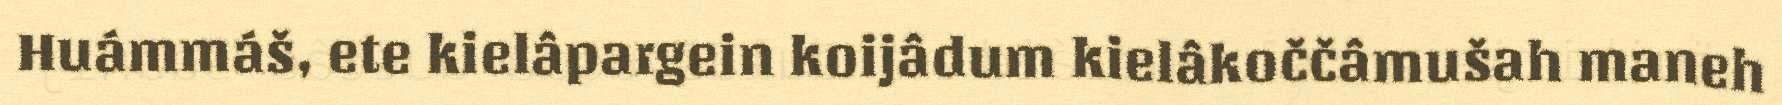
Huámmáš, ete kielâpargein koijâdum kielâkoččâmušah maneh